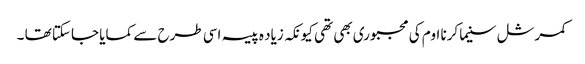
کمرشل سنیما کرنا اوم کی مجبوری بھی تھی کیونکہ زیاد ہ پیسہ اسی طرح سے کمایا جاسکتا تھا ۔